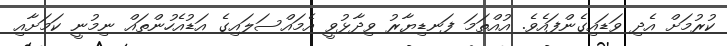
ކުރުމަށް އެދި ވަޑައިގެންފައެވެ. އުއްތަމަ ފަނޑިޔާރު ވިދާޅުވީ އެމައްސަލައިގެ އަޑުއެހުންތައް ނިމުނީ ކަމަށާއި